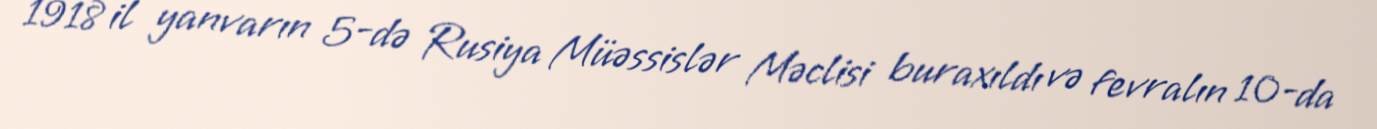
1918 il yanvarın 5-də Rusiya Müəssislər Məclisi buraxıldı və fevralın 10-da